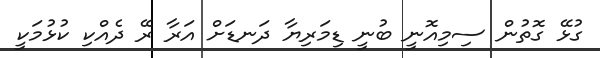
ގުޅޭ ގޮތުން ސިމިއޮނީ ބުނީ ޑިމަރިޔާ ދަނޑަށް އަރާ ރޭ ދެއްކި ކުޅުމަކީ